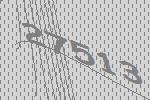
27513